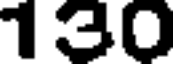
130